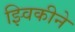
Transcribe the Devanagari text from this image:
झ्विकीने